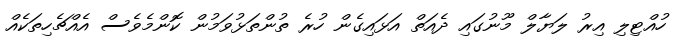
ހުއްޓިލި އިރު ލަޔާލް މޫނުގައި ދެއަތް އަޅައިގެން ހުރެ ތުންތަޅުވަމުން ކޮންމެވެސް އެއްޗެހިތަކެއް